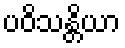
ပဝိသန္တိယာ